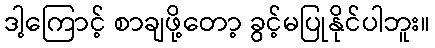
ဒါ့ကြောင့် စာချဖို့တော့ ခွင့်မပြုနိုင်ပါဘူး။